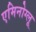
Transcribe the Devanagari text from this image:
एमिनोग्लू